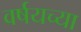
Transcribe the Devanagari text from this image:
वर्षयच्या